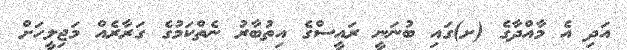
އަދި އެ މާއްދާގެ (ށ)ގައި ބުނަނީ ރައީސްގެ އިތުބާރު ނެތްކަމުގެ ގަރާރެއް މަޖިލީހަށް